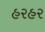
હરહર